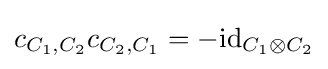
c_{C_{1},C_{2}}c_{C_{2},C_{1}}=-\mathrm {id} _{C_{1}\otimes C_{2}}